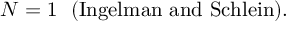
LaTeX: N = 1 \ \ \mathrm { ( I n g e l m a n ~ a n d ~ S c h l e i n ) } .